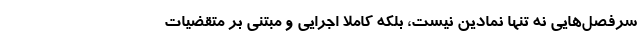
سرفصل‌هایی نه تنها نمادین نیست، بلکه کاملا اجرایی و مبتنی بر متقضیات